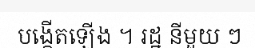
បង្កើតឡើង ។ រដ្ឋ នីមួយ ៗ